Indian Medical Review
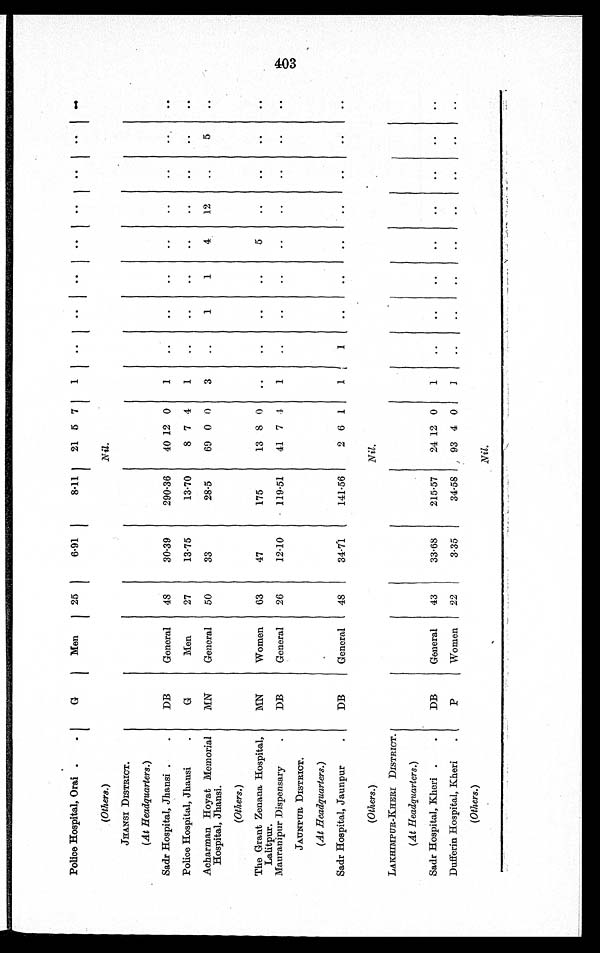
Police Hospital, Orai
G
Men
25
6.91
8.11
21 5 7
1
(Others.)
Nil.
JHANSI DISTRICT.
(At Headquarters.)
Sadr Hospital, Jhansi
DB
General
48
30.39
290.36
40 12 0
1
Police Hospital, Jhansi
G
Men
27
13.75
13.70
8 7
4 1
Acharman Hoyat Memorial
Hospital, Jhansi.
MN
General
50
33
28.5
69 0 0
3
1
1
4
12
5
(Others.)
The Grant Zenana Hospital,
Lalitpur.
MN
Women
63
47
175
13 8 0
5
Mauranipur Dispensary
DB
General
26
12.10
119.51
41 7 4
1
JAUNPUR DISTRICT.
(At Headquarters.)
Sadr Hospital, Jaunpur
DB
General
48
34.71
141.56
2 6 1
1
1
(Others.)
Nil.
LAKHIMPUR-KHERI DISTRICT.
(At Headquarters.)
Sadr Hospital, Kheri
DB
General
43
33.68
215.57
24 12 0
1
Dufferin Hospital, Kheri
P
Women
22
3.35
34.58
93 4 0
1
(Others.)
Nil.